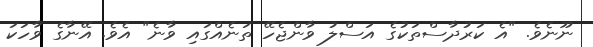
ނޫނެވެ. "އެ ކަރުދާސްތަކުގެ އަސްލު ވާންޖެހޭ ތަނެއްގައި ވާނެ" އެވެ. އޭނާގެ ވާހަކަ